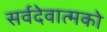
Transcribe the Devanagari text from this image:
सर्वदेवात्मको